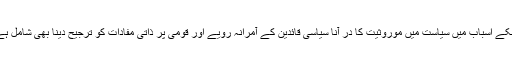
اسکے اسباب میں سیاست میں موروثیت کا در آنا سیاسی قائدین کے آمرانہ رویے اور قومی پر ذاتی مفادات کو ترجیح دینا بھی شامل ہے۔